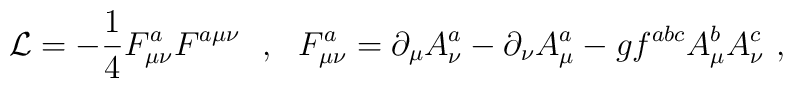
{\cal L}=-\frac{1}{4}F^a_{\mu\nu}F^{a\mu\nu}\ \ ,\ \ F^a_{\mu\nu}=\partial_\mu A^a_\nu-\partial_\nu A^a_\mu-gf^{abc}A^b_\mu A^c_\nu\ ,